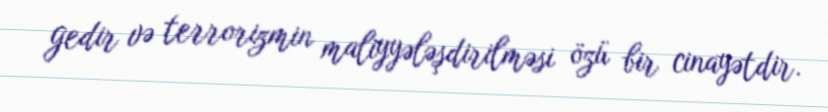
gedir və terrorizmin maliyyələşdirilməsi özü bir cinayətdir.